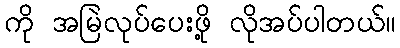
ကို အမြဲလုပ်ပေးဖို့ လိုအပ်ပါတယ်။